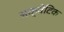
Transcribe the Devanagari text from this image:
अक्वेटिक